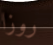
روزا